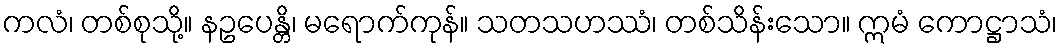
ကလံ၊ တစ်စုသို့။ နဥပေန္တိ၊ မရောက်ကုန်။ သတသဟဿံ၊ တစ်သိန်းသော။ ဣမံ ကောဋ္ဌာသံ၊